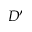
D ^ { \prime }